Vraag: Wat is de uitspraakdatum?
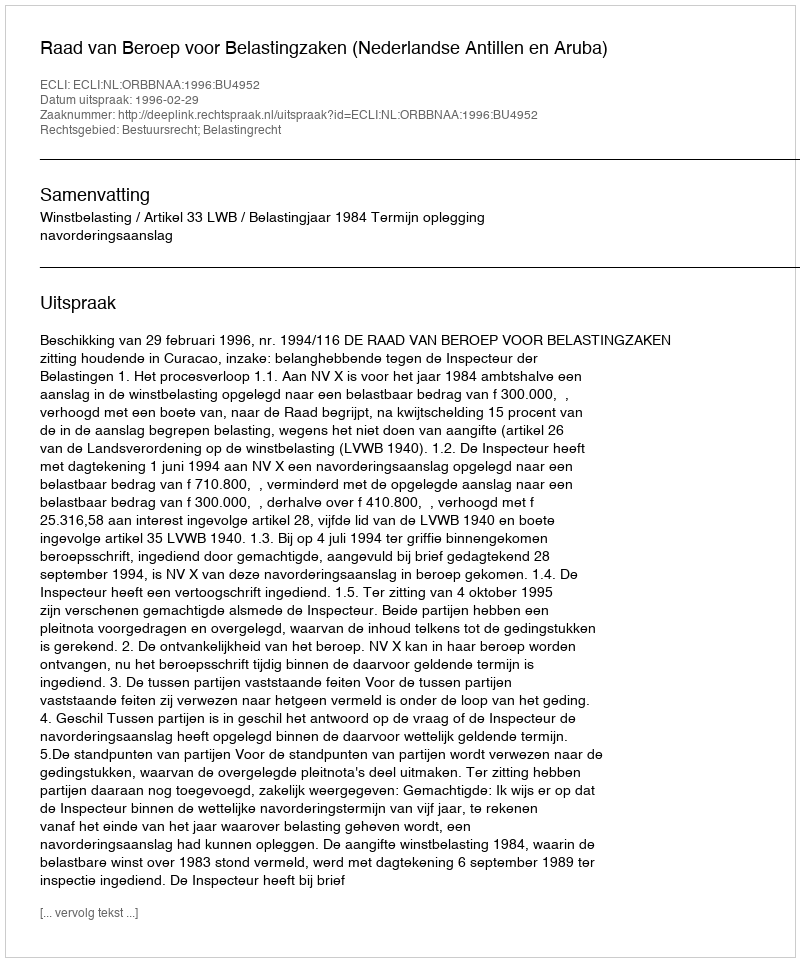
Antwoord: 1996-02-29